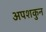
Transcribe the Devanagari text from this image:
अपशकुुन